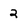
Character: 2